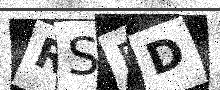
Text: RSDD